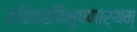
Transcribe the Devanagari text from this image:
कविकंठविभूषणार्थम्